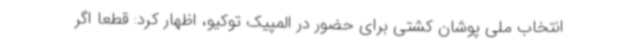
انتخاب ملی پوشان کشتی برای حضور در المپیک توکیو، اظهار کرد: قطعا اگر